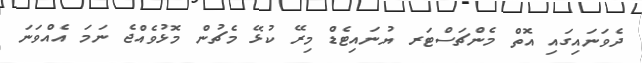
ދެވަނައިގައި އޮތް މެންޗަސްޓަރ ޔުނައިޓެޑް މިރޭ ކުޅޭ މެޗުން މޮޅުވެއްޖެ ނަމަ އެއްވަނަ